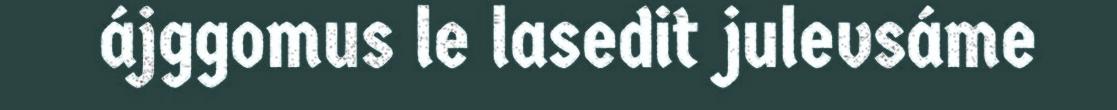
ájggomus le lasedit julevsáme